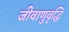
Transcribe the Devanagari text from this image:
जीवाणुवृद्धि